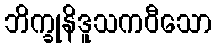
ဘိက္ခုနိဒူသကဝီသော